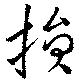
損